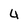
Character: 4